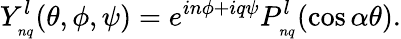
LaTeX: Y_{_{nq}}^{l}(\theta,\phi,\psi)=e^{in\phi+iq\psi}P_{_{nq}}^{l}(\cos\alpha\theta).